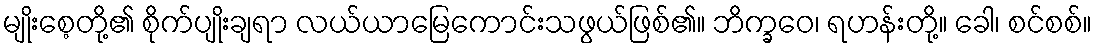
မျိုးစေ့တို့၏ စိုက်ပျိုးချရာ လယ်ယာမြေကောင်းသဖွယ်ဖြစ်၏။ ဘိက္ခဝေ၊ ရဟန်းတို့။ ခေါ၊ စင်စစ်။